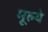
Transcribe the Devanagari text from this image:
मूल्‍ये